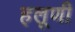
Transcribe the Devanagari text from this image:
हलूणी